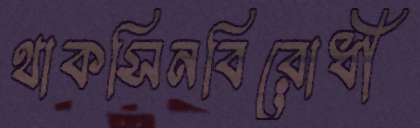
থাকসিনবিরোধী